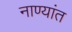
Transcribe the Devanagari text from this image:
नाण्यांत